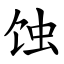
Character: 蚀